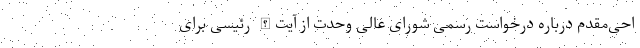
احی‌مقدم درباره درخواست رسمی شورای عالی وحدت از آیت‌الله رئیسی برای